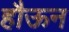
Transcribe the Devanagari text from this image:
हौऊन